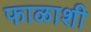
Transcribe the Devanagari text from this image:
फाळाशी